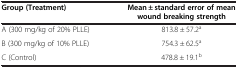
| Group (Treatment) | Mean ± standard error of mean wound breaking strength |
 | --- | --- |
 | A (300 mg/kg of 20% PLLE) | 813.8 ± 57.2a |
 | B (300 mg/kg of 10% PLLE) | 754.3 ± 62.5a |
 | C (Control) | 478.8 ± 19.1b |